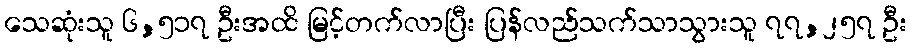
သေဆုံးသူ ၆,၅၁၇ ဦးအထိ မြင့်တက်လာပြီး ပြန်လည်သက်သာသွားသူ ၇၇,၂၅၇ ဦး